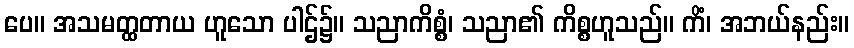
ပေ။ အသမတ္ထတာယ ဟူသော ပါဌ်၌။ သညာကိစ္စံ၊ သညာ၏ ကိစ္စဟူသည်။ ကိံ၊ အဘယ်နည်း။